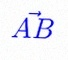
\vec{AB}